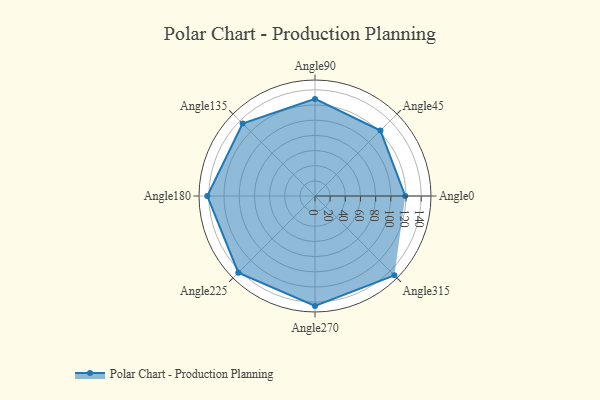
{"axis": {"x": "Angle", "y": "Radius"}, "legend": [""], "data": [{"x": "Angle0", "y": 119.0, "type": ""}, {"x": "Angle45", "y": 122.0, "type": ""}, {"x": "Angle90", "y": 128.0, "type": ""}, {"x": "Angle135", "y": 135.0, "type": ""}, {"x": "Angle180", "y": 142.0, "type": ""}, {"x": "Angle225", "y": 143.0, "type": ""}, {"x": "Angle270", "y": 145.0, "type": ""}, {"x": "Angle315", "y": 148.0, "type": ""}]}